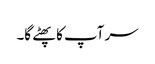
سر آپ کا پھٹے گا۔